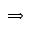
\Longrightarrow